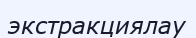
экстракциялау